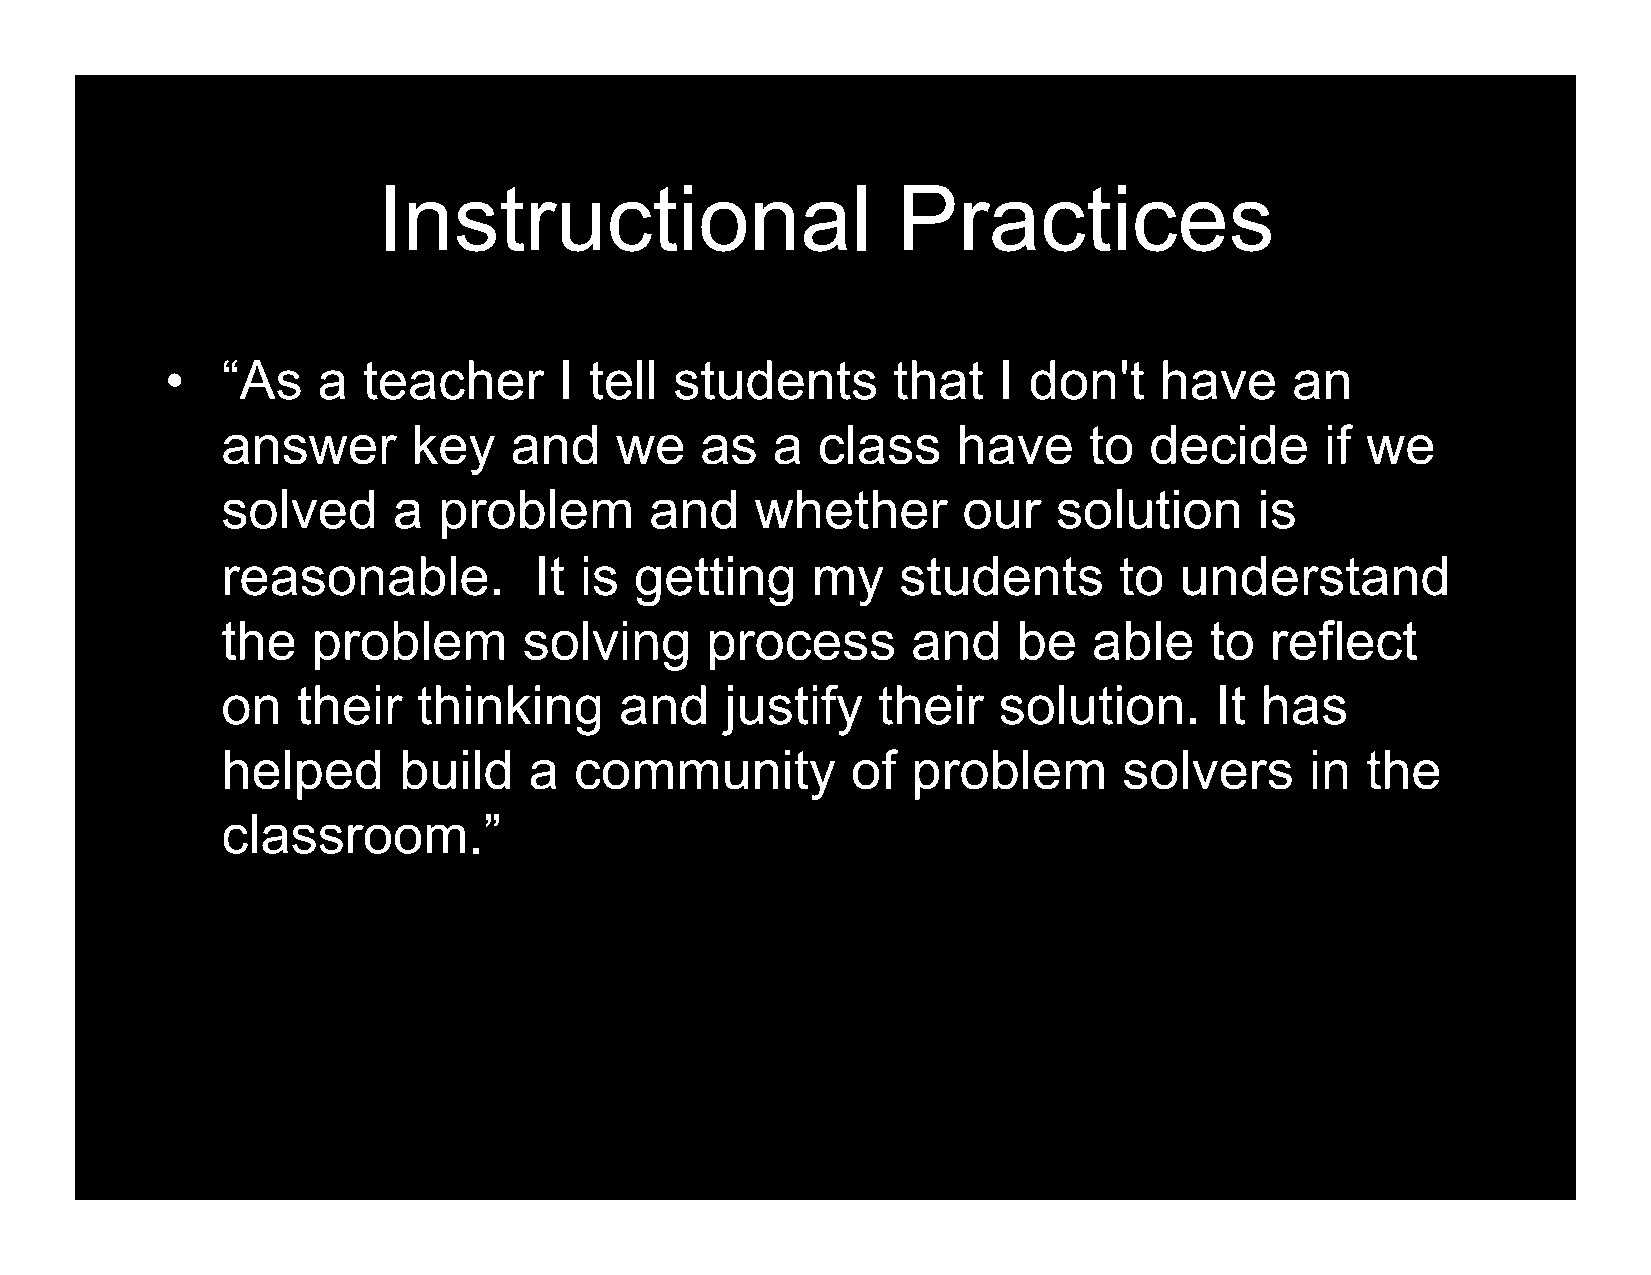
Instructional                     Practices
 •   “As   a  teacher      I tell  students      that   I don't    have     an
 answer      key    and    we   as   a  class    have     to  decide      if we
 solved     a  problem       and    whether       our   solution     is
 reasonable.         It is  getting     my   students       to  understand
 the   problem       solving     process      and    be   able    to  reflect
 on   their   thinking     and    justify   their   solution.     It has
 helped     build    a  community         of  problem       solvers      in the
 classroom.”